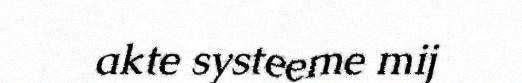
akte systeeme mij